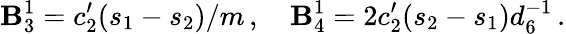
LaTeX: \mathbf{B}_{3}^{1}=c_{2}^{\prime}(s_{1}-s_{2})/m\, ,\quad\mathbf{B}_{4}^{1}=2c_{2}^{\prime}(s_{2}-s_{1})d_{6}^{-1}\, .